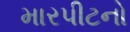
મારપીટનો